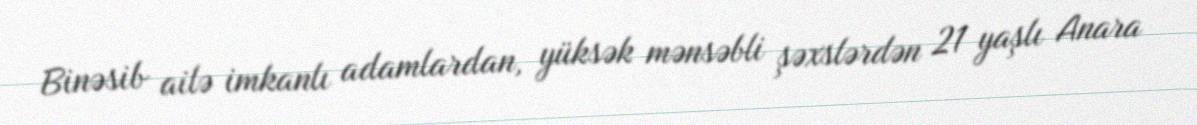
Binəsib ailə imkanlı adamlardan, yüksək mənsəbli şəxslərdən 21 yaşlı Anara